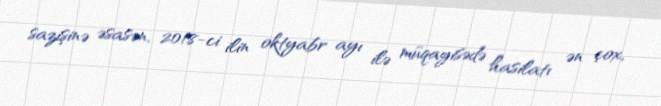
sazişinə əsasən, 2018-ci ilin oktyabr ayı ilə müqayisədə hasilatı ən çox,